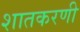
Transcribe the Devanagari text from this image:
शातकरणी